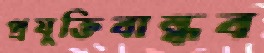
প্রযুক্তিবান্ধব